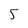
Character: 5